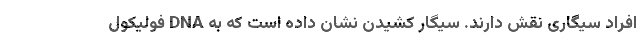
افراد سیگاری نقش دارند. سیگار کشیدن نشان داده است که به DNA فولیکول